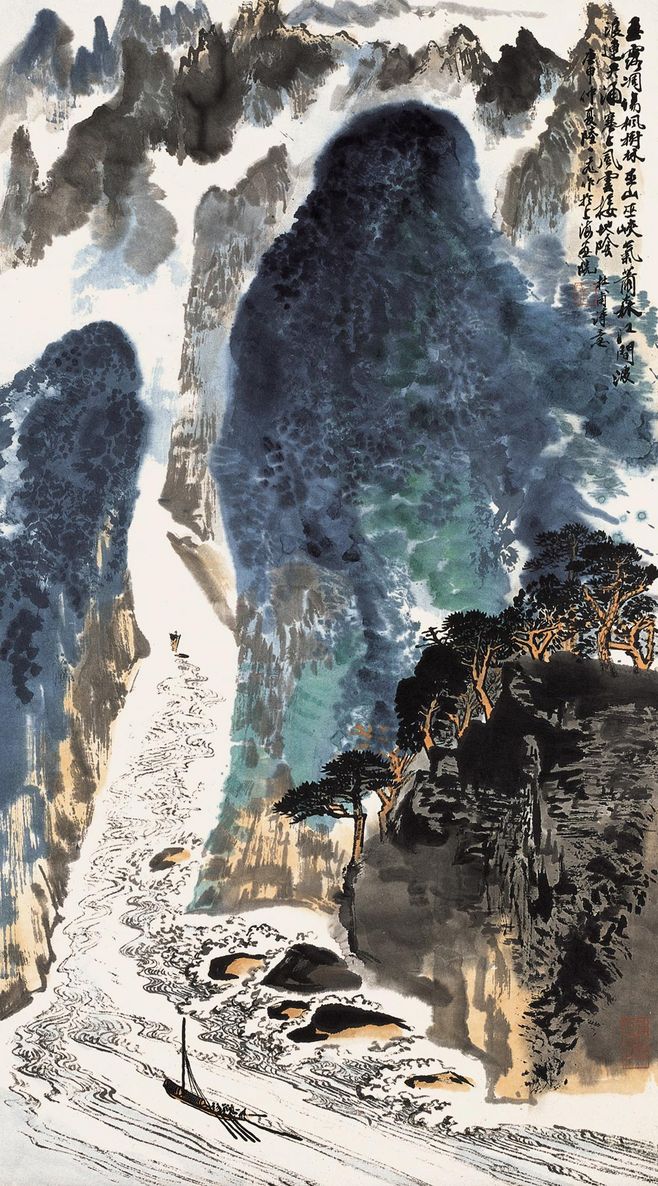
江间波浪兼天涌，塞上风云接地阴。